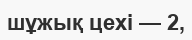
шұжық цехі — 2,